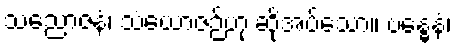
သညောဇနံ၊ သံယောဇဉ်ဟု ဆိုအပ်သော။ ဗန္ဓေနံ၊